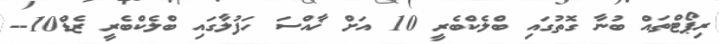
ރިޕޯޓްތައް ބުނާ ގޮތުގައި ބްލެކްބެރީ 10 އަށް ޚާއްސަ ހަފުލާގައި ބްލެކްބެރީ ޒެޑް10--